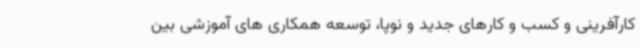
کارآفرینی و کسب و کارهای جدید و نوپا، توسعه همکاری های آموزشی بین